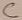
Text: C